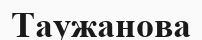
Таужанова